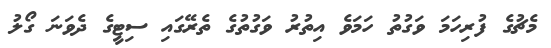
މެޗުގެ ފުރިހަމަ ވަގުތު ހަމަވެ އިތުރު ވަގުތުގެ ތެރޭގައި ސިޓީގެ ދެވަނަ ގޯލު